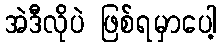
အဲဒီလိုပဲ ဖြစ်ရမှာပေါ့